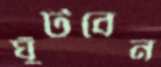
ঘুঁটবেন